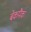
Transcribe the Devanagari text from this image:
बेकपैक